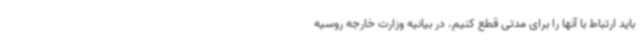
باید ارتباط با آنها را برای مدتی قطع کنیم. در بیانیه وزارت خارجه روسیه